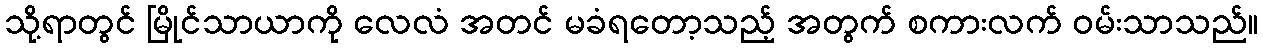
သို့ရာတွင် မြိုင်သာယာကို လေလံ အတင် မခံရတော့သည့် အတွက် စကားလက် ဝမ်းသာသည်။